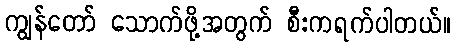
ကျွန်တော် သောက်ဖို့အတွက် စီးကရက်ပါတယ်။